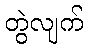
တွဲလျက်